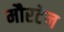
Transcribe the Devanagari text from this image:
मौरटेन